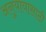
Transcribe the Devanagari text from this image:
अनुयायासाठी